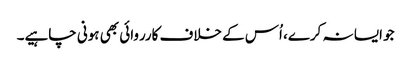
جو ایسا نہ کرے، اُس کے خلاف کارروائی بھی ہونی چاہیے۔